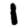
Digit: 1